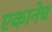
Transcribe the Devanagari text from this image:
एकानेच